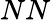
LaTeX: NN